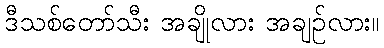
ဒီသစ်တော်သီး အချိုလား အချဉ်လား။